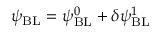
\psi _ { \mathrm { { B L } } } = \psi _ { \mathrm { { B L } } } ^ { 0 } + \delta \psi _ { \mathrm { { B L } } } ^ { 1 }